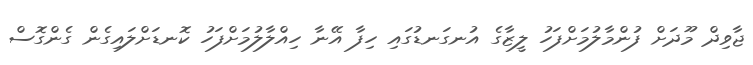
ޖާވިދް މޫދަށް ފުންމާލުމަށްފަހު ލީޒާގެ އުނގަނޑުގައި ހިފާ އޭނާ ހިއްލާލުމަށްފަހު ކޮނޑަށްލައިގެން ގެންގޮސް